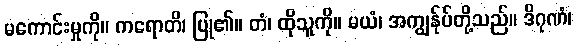
မကောင်းမှုကို။ ကရောတိ၊ ပြု၏။ တံ၊ ထိုသူကို။ မယံ၊ အကျွန်ုပ်တို့သည်။ ဒိဂုဏံ၊